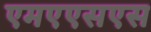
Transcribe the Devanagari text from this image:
एमएएसएस